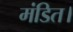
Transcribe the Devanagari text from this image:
मंडित।